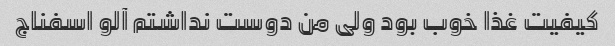
کیفیت غذا خوب بود ولی من دوست نداشتم آلو اسفناج